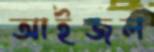
আইজল